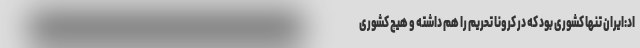
اد:ایران تنها کشوری بود که در کرونا تحریم را هم داشته و هیچ کشوری